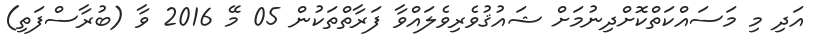
އަދި މި މަސައްކަތްކޮށްދިނުމަށް ޝައުޤުވެރިވެލައްވާ ފަރާތްތަކުން 05 މޭ 2016 ވާ (ބުރާސްފަތި)